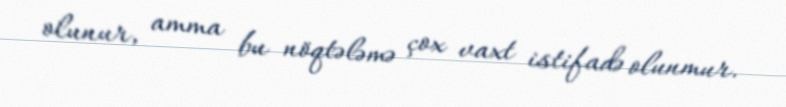
olunur, amma bu nöqtələmə çox vaxt istifadə olunmur.